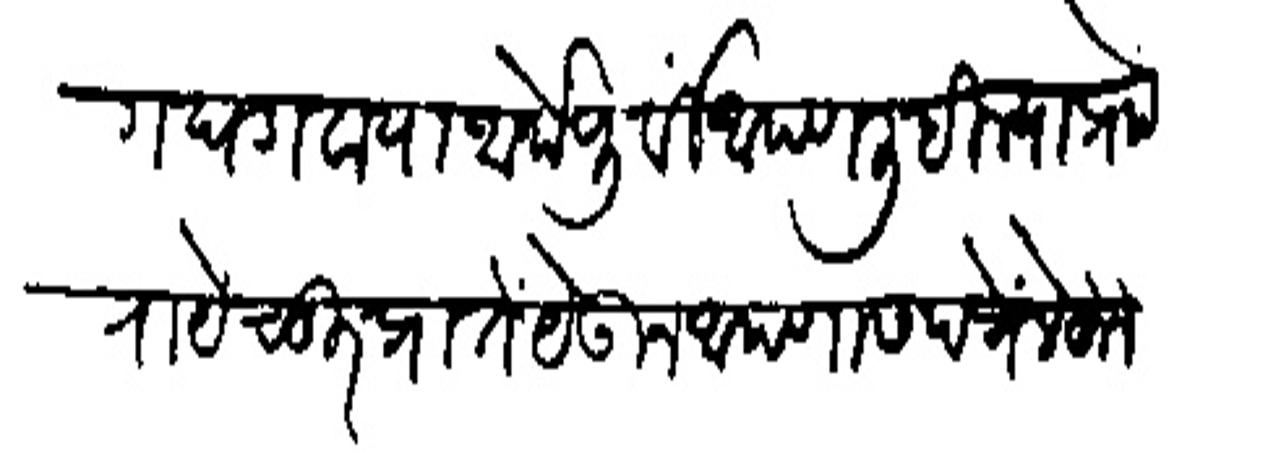
Transliteration (Devanagari): योगं घडावा पा आये पूर्षी आपण लिहित्याप्रों रायेचूर प्राते येऊन आपणास पत्रें लेहून